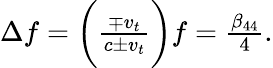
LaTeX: \begin{array}{r}{\Delta f=\bigg(\frac{\mp v_{t}}{c\pm v_{t}}\bigg)f=\frac{\beta_{44}}{4}.}\end{array}